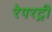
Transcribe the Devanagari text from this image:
रेपरट्री